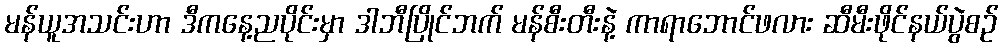
မန်ယူအသင်းဟာ ဒီကနေ့ညပိုင်းမှာ ဒါဘီပြိုင်ဘက် မန်စီးတီးနဲ့ ကာရာဘောင်ဖလား ဆီမီးဖိုင်နယ်ပွဲစဉ်